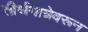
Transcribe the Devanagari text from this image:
तीर्थयात्रेवरून